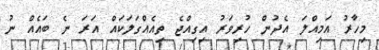
މިހާރު އަމިއްލަ އެދުން ހުރިވަރު އިގިއްޖެ ތިއެއްގަލަކައް އަރަ ނެ ބައެއް ނު